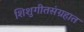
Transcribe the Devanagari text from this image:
शिशुगीतसंग्रहात